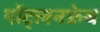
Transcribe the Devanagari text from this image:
पोंट्लनफ्रेथ